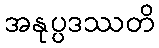
အနုပ္ပဒဿတိ